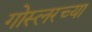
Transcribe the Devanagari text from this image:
गोस्लरच्या